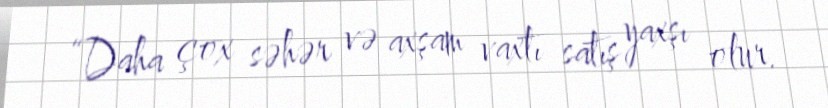
“Daha çox səhər və axşam vaxtı satış yaxşı olur.